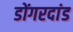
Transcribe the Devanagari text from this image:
डोंगरदांड